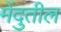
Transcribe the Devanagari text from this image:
मेंदुतील